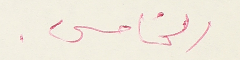
الخامس.